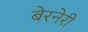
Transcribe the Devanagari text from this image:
बेरनेरी